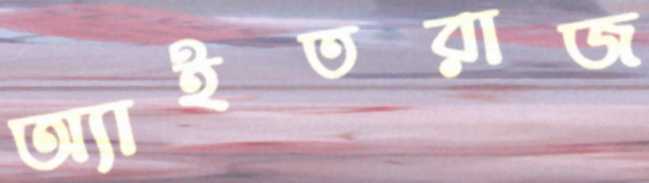
অ্যাইতরাজ